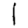
Digit: 1